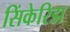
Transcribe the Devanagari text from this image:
सिंकेरिडा